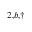
^ { 2 , b , \dagger }